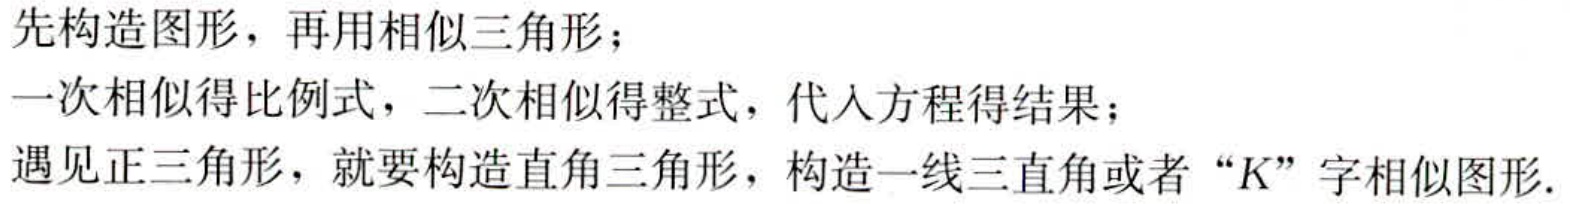
先构造图形，再用相似三角形；

一次相似得比例式，二次相似得整式，代入方程得结果；

遇见正三角形，就要构造直角三角形，构造一线三直角或者“K”字相似图形.